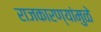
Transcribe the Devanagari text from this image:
राजकारण्यांमुळे